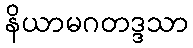
နိယာမဂတဒ္ဒသာ